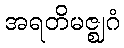
အရတိမဇ္ဈဂံ